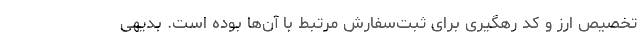
تخصیص ارز و کد رهگیری برای ثبت‌سفارش مرتبط با آن‌ها بوده است. بدیهی